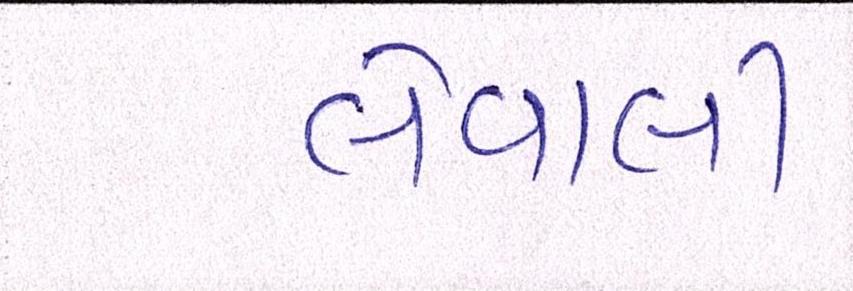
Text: લેવાલીઃ